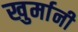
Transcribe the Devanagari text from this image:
खुर्मानी